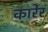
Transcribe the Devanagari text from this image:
कारेर